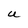
Character: U